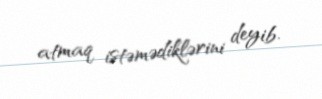
atmaq istəmədiklərini deyib.